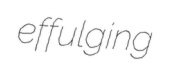
effulging